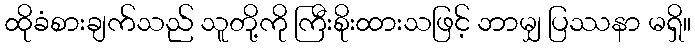
ထိုခံစားချက်သည် သူတို့ကို ကြီးစိုးထားသဖြင့် ဘာမျှ ပြဿနာ မရှိ။